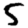
Digit: 5